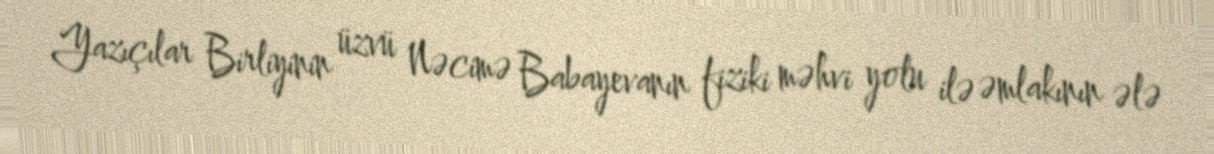
Yazıçılar Birliyinin üzvü Nəcimə Babayevanın fiziki məhvi yolu ilə əmlakının ələ